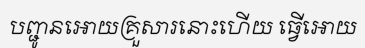
បញ្ជូនអោយគ្រួសារនោះហើយ ធ្វើអោយ